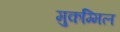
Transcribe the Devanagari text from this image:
मुकम्मिल